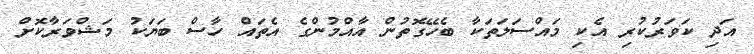
އަދި ކަވަރުކުރި އެކި މައްސަލަތަކާ ބެހޭގޮތުން އާއްމުންގެ އެތައް ހާސް ބަޔަކު މަޝްވަރާކޮށް